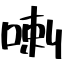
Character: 喇